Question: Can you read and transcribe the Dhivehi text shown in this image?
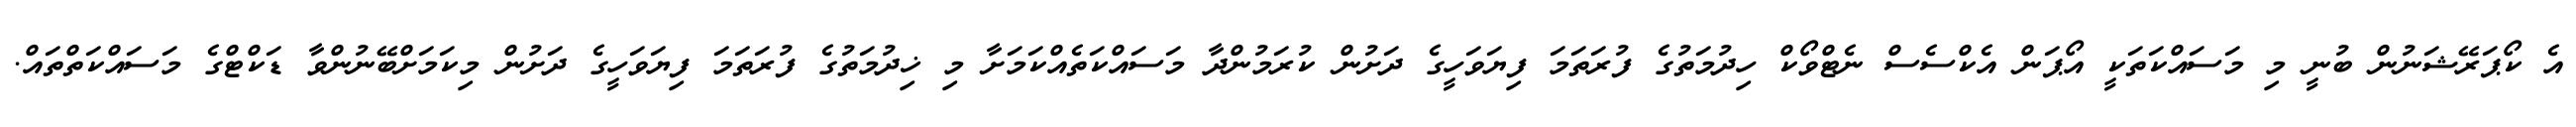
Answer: އެ ކޯޕަރޭޝަނުން ބުނީ މި މަސައްކަތަކީ އޯޕަން އެކްސެސް ނެޓްވޯކް ހިދުމަތުގެ ފުރަތަމަ ފިޔަވަހީގެ ދަށުން ކުރަމުންދާ މަސައްކަތެއްކަމަށާ މި ޚިދުމަތުގެ ފުރަތަމަ ފިޔަވަހީގެ ދަށުން މިކަމަށްބޭނުންވާ ޑަކްޓްގެ މަސައްކަތްތައް.